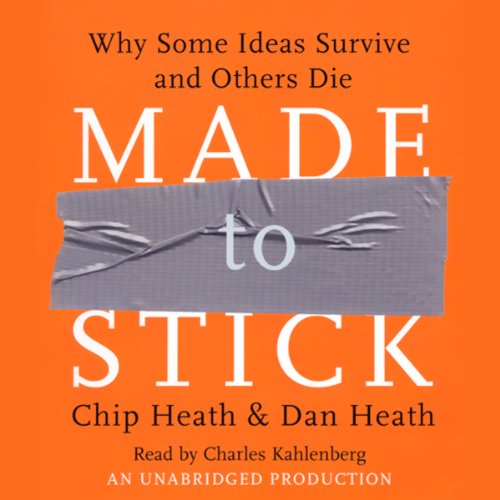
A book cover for Made to Stick; Chip Heath; Medical Books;